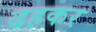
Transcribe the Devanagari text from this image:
ढहकर